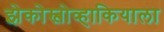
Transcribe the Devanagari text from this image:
झेकोस्लोव्हाकियाला